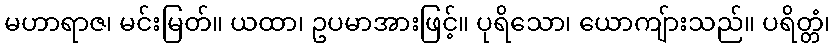
မဟာရာဇ၊ မင်းမြတ်။ ယထာ၊ ဥပမာအားဖြင့်။ ပုရိသော၊ ယောကျ်ားသည်။ ပရိတ္တံ၊